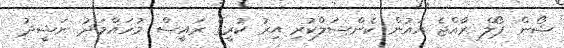
ޝޯން ޕޯލް ރާއްޖެ އައުން ކެންސަލްކުރި އިރު ކުރީގެ ރައީސް މުހައްމަދު ނަޝީދު